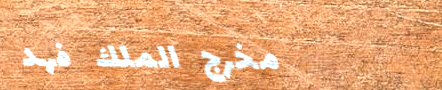
مخرج الملك فهد